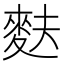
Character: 麩